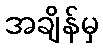
အချိန်မှ